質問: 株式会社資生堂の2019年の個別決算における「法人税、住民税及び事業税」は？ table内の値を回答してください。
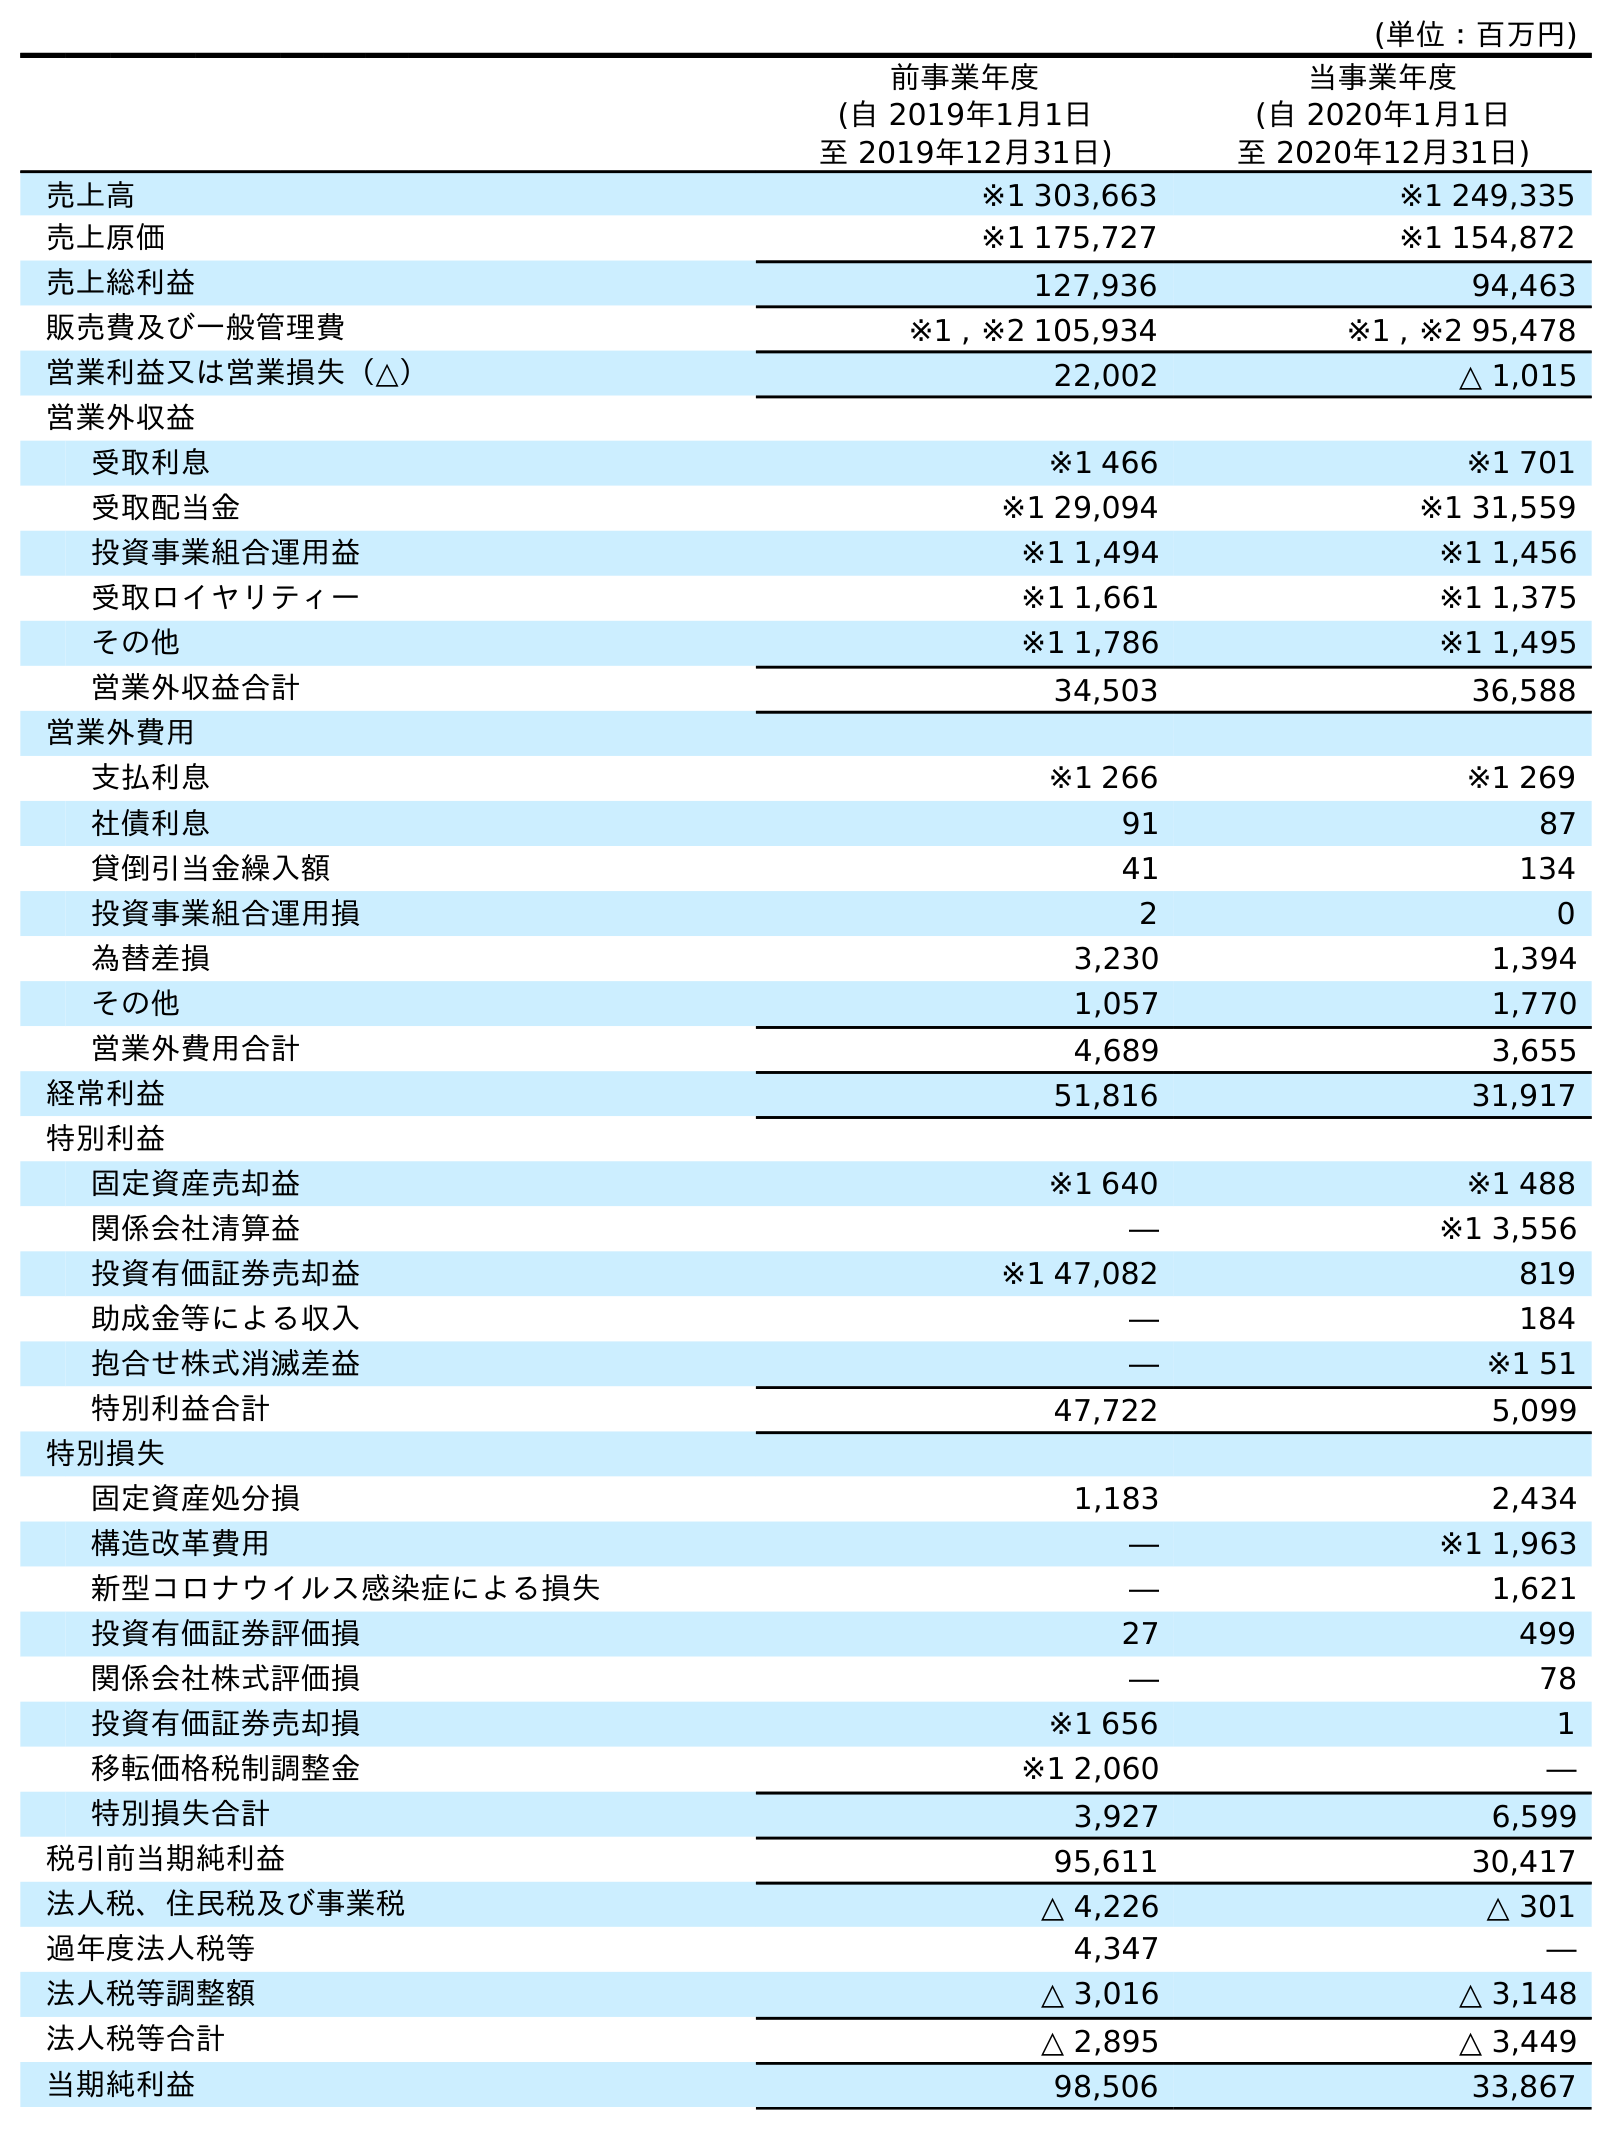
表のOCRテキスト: (単位：百万円) 前事業年度 (自 2019年1月1日 至 2019年12月31日) 当事業年度 (自 2020年1月1日 至 2020年12月31日) 売上高 ※1 303,663 ※1 249,335 売上原価 ※1 175,727 ※1 154,872 売上総利益 127,936 94,463 販売費及び一般管理費 ※1 , ※2 105,934 ※1 , ※2 95,478 営業利益又は営業損失（△） 22,002 △ 1,015 営業外収益 受取利息 ※1 466 ※1 701 受取配当金 ※1 29,094 ※1 31,559 投資事業組合運用益 ※1 1,494 ※1 1,456 受取ロイヤリティー ※1 1,661 ※1 1,375 その他 ※1 1,786 ※1 1,495 営業外収益合計 34,503 36,588 営業外費用 支払利息 ※1 266 ※1 269 社債利息 91 87 貸倒引当金繰入額 41 134 投資事業組合運用損 2 0 為替差損 3,230 1,394 その他 1,057 1,770 営業外費用合計 4,689 3,655 経常利益 51,816 31,917 特別利益 固定資産売却益 ※1 640 ※1 488 関係会社清算益 ― ※1 3,556 投資有価証券売却益 ※1 47,082 819 助成金等による収入 ― 184 抱合せ株式消滅差益 ― ※1 51 特別利益合計 47,722 5,099 特別損失 固定資産処分損 1,183 2,434 構造改革費用 ― ※1 1,963 新型コロナウイルス感染症による損失 ― 1,621 投資有価証券評価損 27 499 関係会社株式評価損 ― 78 投資有価証券売却損 ※1 656 1 移転価格税制調整金 ※1 2,060 ― 特別損失合計 3,927 6,599 税引前当期純利益 95,611 30,417 法人税、住民税及び事業税 △ 4,226 △ 301 過年度法人税等 4,347 ― 法人税等調整額 △ 3,016 △ 3,148 法人税等合計 △ 2,895 △ 3,449 当期純利益 98,506 33,867
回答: △4,226